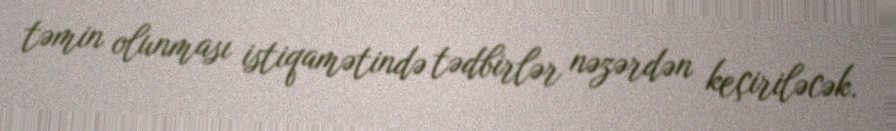
təmin olunması istiqamətində tədbirlər nəzərdən keçiriləcək.